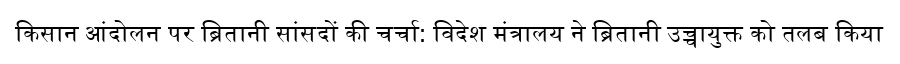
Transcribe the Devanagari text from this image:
किसान आंदोलन पर ब्रितानी सांसदों की चर्चा: विदेश मंत्रालय ने ब्रितानी उच्चायुक्त को तलब किया